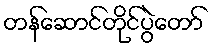
တန်ဆောင်တိုင်ပွဲတော်